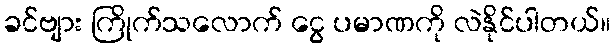
ခင်ဗျား ကြိုက်သလောက် ငွေ ပမာဏကို လဲနိုင်ပါတယ်။